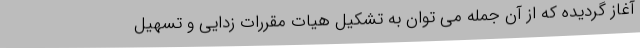
آغاز گردیده که از آن جمله می توان به تشکیل هیات مقررات زدایی و تسهیل